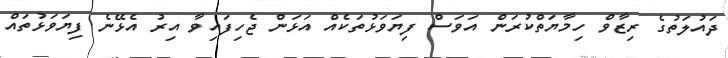
ދައުލަތުގެ ރިޒާވް ހިމާޔަތްކުރަން އަވަސް ފިޔަވަޅުތަކެއް އަޅަން ޖެހިފައިވާ އިރު އެޅޭނެ ފިޔަވަޅުތައް